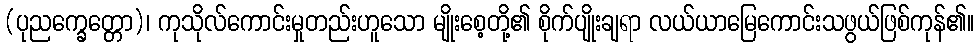
(ပုညက္ခေတ္တော)၊ ကုသိုလ်ကောင်းမှုတည်းဟူသော မျိုးစေ့တို့၏ စိုက်ပျိုးချရာ လယ်ယာမြေကောင်းသဖွယ်ဖြစ်ကုန်၏။